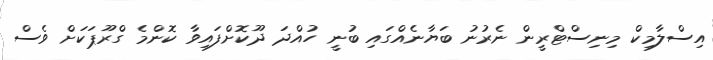
އިސްލާމިކް މިނިސްޓްރީން ނެރުނު ބަޔާނެއްގައި ބުނީ ހުއްދަ ދޫކޮށްފައިވާ ކޮންމެ ގްރޫޕަކަށް ވެސް